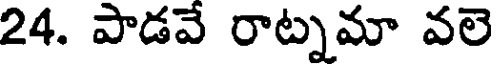
24. పాడవే రాట్నమా వలె